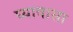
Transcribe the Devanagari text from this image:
घ्यावासा